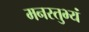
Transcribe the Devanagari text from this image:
मनस्तुभ्यं